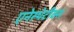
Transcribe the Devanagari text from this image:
एनेस्थेटीक्स